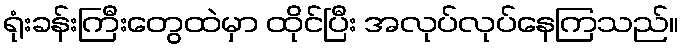
ရုံးခန်းကြီးတွေထဲမှာ ထိုင်ပြီး အလုပ်လုပ်နေကြသည်။